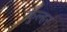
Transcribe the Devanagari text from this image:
कुल्हर